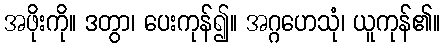
အဖိုးကို။ ဒတွာ၊ ပေးကုန်၍။ အဂ္ဂဟေသုံ၊ ယူကုန်၏။